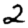
Digit: 2